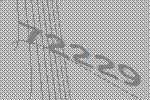
72229